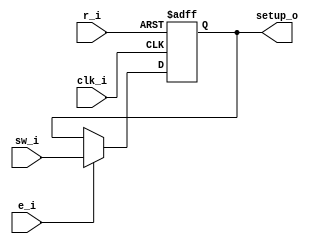
module reg_setup
(
	sw_i,
	r_i,
	e_i,
	clk_i,
	setup_o
);
localparam N = 8;

input clk_i,r_i,e_i;
input [N-1:0]sw_i;
output reg [N-1:0]setup_o;

always@(posedge clk_i or posedge r_i) begin 
	if(r_i) begin
		setup_o <= 8'b0000000;
	end 
	else if (e_i) begin
		setup_o <= sw_i;
	end

end 
	
endmodule